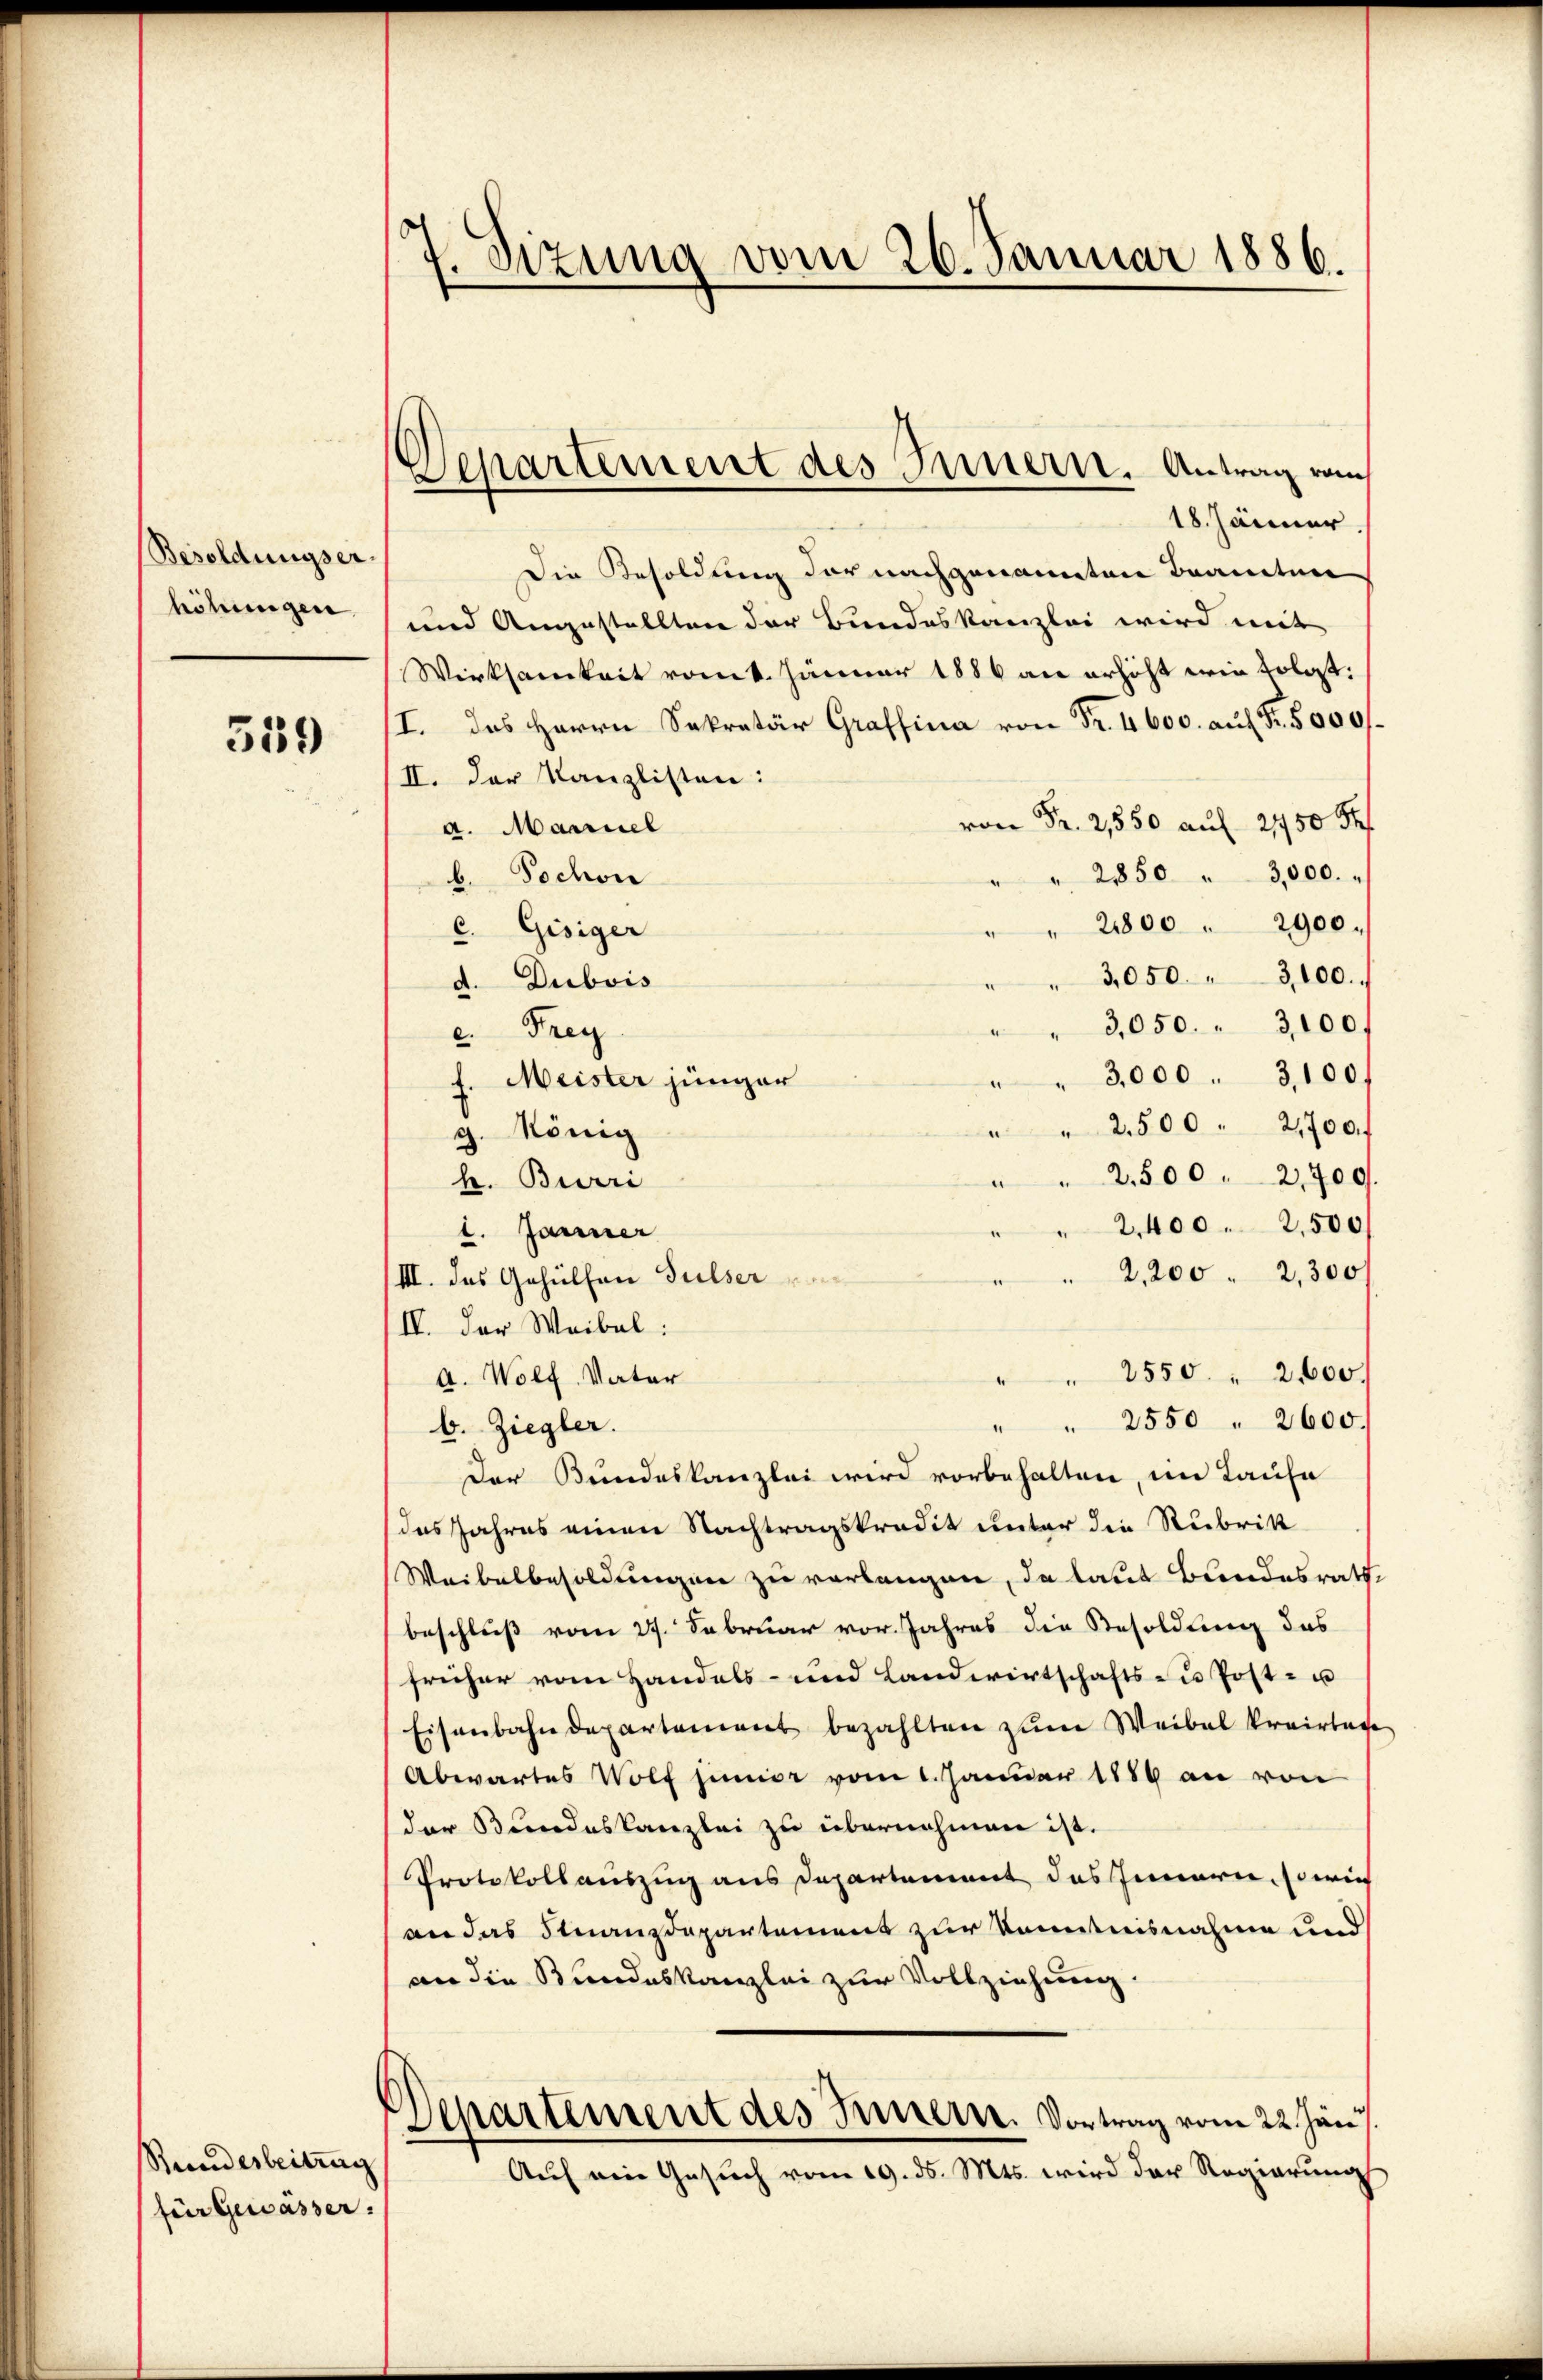
Besoldungser.
höhungen

359

Stundesbeitrug
(für Gewässer.

7. Sizung vom 26. Januar 1886.

Departement des Innern. Antrag vom

18. Jänner
Die Besoldung der nachgenannten Beamten
und Angestellten der Bundeskanzlei wird mit
Wirksamkeit vom k. Januar 1886 an erhöht wir folgt:
/I. das Herrn Sekretär Graffina von Fr. 4600. auf Fr. 5000f
II. Der Kanzlisten:
 Fr. 2,550 auf 2750 Pf
a. Mariel
" 2850 " 3,000.
b. Tochon
2800 " 2900.
c. Gisiger
3,050. " 3100.
d. Dubois
3,050. " 3100.
e. Frey
3,000 . 3100.
Meister jünger
" " 2500 " 21700.
g. König
" " 2500 " 2,700.
h. Burri
2,400. 2500
1. Jänner
" 2,200. 2300
III. das Gehülfen Sulser
IV. Der Weibal
" " 2550 " 2000.
A. Wolf Vater
" " 2550 " 2600.
b. Ziegler.
Der Bundeskanzlei wird vorbehalten, im Laufe
das Jahres einen Nachtragskredit unter die Rubrik
Weibelbesoldungen zu verlangen, da laut Bundesrath,
beschluß vom 27. Februar vor. Jahres die Besoldung des
früher vom Handels- und Landwirtschafts zu Post- u
Eisenbahndepartement bezahlten zum Weibel kreistage
Abwartes Wolf jener vom 1. Januar 1889 an von
der Bundeskanzlei zu übernehmen ist.
Protokollauszug aus Departement das Innern, sowie
an das Finanzdepartemens zur Kenntnisnahme und
an die Bundeskanzlei zur Vollziehung.
Departement des Innern. Vortrag vom 22. Jun.
Auf ein Gesuch vom 19. ds. Mts. wird der Regierung